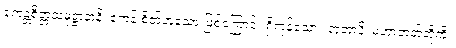
ဧကန္တစိတ္တသမုဋ္ဌာနာနိ၊ ဧကန် စိတ်ဟူသော ဖြစ်ကြောင်း ရှိကုန်သော။ ဘူတာနိ၊ မဟာဘုတ်တို့ကို။